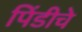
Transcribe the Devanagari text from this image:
पिंडीचे